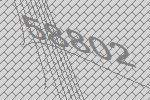
58802